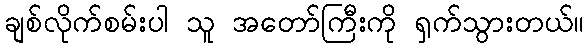
ချစ်လိုက်စမ်းပါ သူ အတော်ကြီးကို ရှက်သွားတယ်။